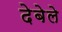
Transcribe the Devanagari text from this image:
देबेले